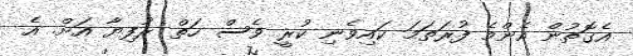
އެގޮތުން އެންމެ ފުރަތަމަ ކައިވެނި ކުރީ ވެސް ހަތް ރުފިޔާ އަށް. އެ